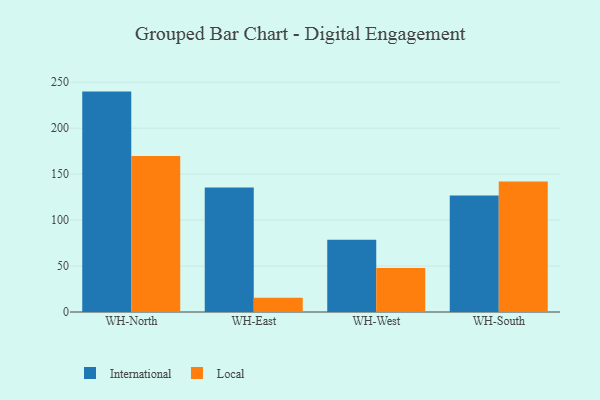
{"axis": {"x": "Warehouse", "y": "Bounce Rate (%)"}, "legend": ["International", "Local"], "data": [{"x": "WH-North", "y": 239.8, "type": "International"}, {"x": "WH-North", "y": 169.8, "type": "Local"}, {"x": "WH-East", "y": 135.5, "type": "International"}, {"x": "WH-East", "y": 15.6, "type": "Local"}, {"x": "WH-West", "y": 78.6, "type": "International"}, {"x": "WH-West", "y": 48.0, "type": "Local"}, {"x": "WH-South", "y": 126.7, "type": "International"}, {"x": "WH-South", "y": 142.0, "type": "Local"}]}